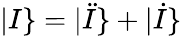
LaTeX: |I\} =|\ddot{I}\} +|\dot{I}\}